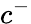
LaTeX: c^{-}